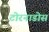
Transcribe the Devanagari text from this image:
टोरनाडोस